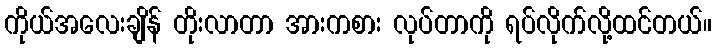
ကိုယ်အလေးချိန် တိုးလာတာ အားကစား လုပ်တာကို ရပ်လိုက်လို့ထင်တယ်။